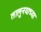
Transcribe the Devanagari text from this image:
तालु्नयाच्या